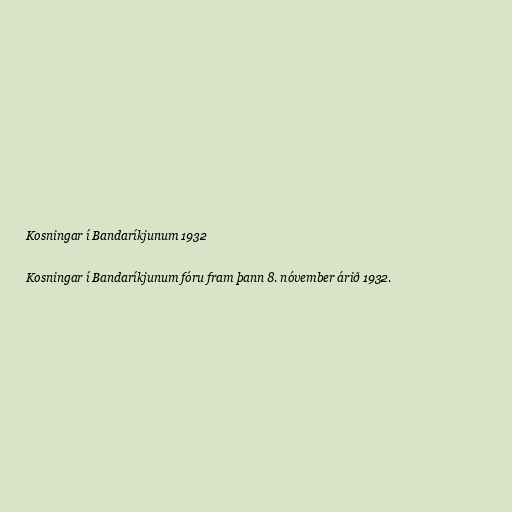
Kosningar í Bandaríkjunum 1932

Kosningar í Bandaríkjunum fóru fram þann 8. nóvember árið 1932.